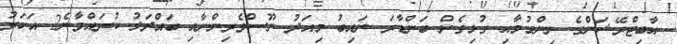
އާބިޓްރޭޝަންގެ ނިންމުމާއި ގުޅިގެން ބަންޑާރަ ނައިބު މިއަދު ނޫސްވެރިންނާއި ބައްދަލު ކުރައްވާނެ2 އަހަރު